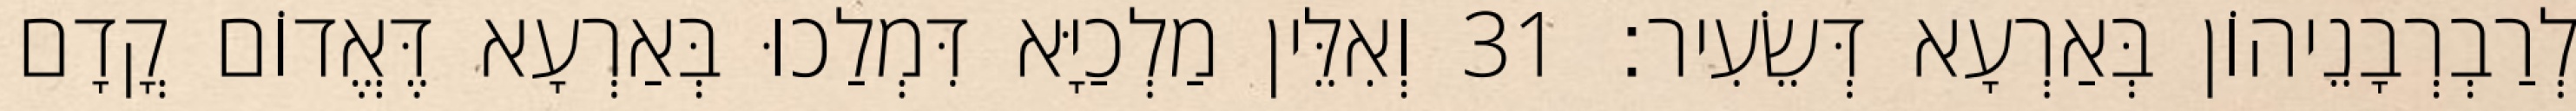
לְרַבְרְבָנֵיהוֹן בְּאַרְעָא דְּשֵׂעִיר׃ 31 וְאִלֵּין מַלְכַיָּא דִּמְלַכוּ בְּאַרְעָא דֶּאֱדוֹם קֳדָם